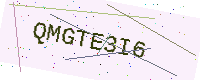
Text: QMGTE3I6